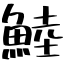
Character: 鯥